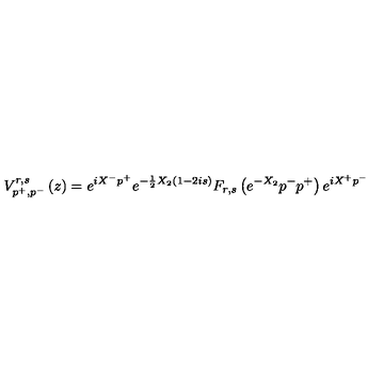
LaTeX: V _ { p ^ { + } , p ^ { - } } ^ { r , s } \left( z \right) = e ^ { i X ^ { - } p ^ { + } } e ^ { - \frac 1 2 X _ { 2 } \left( 1 - 2 i s \right) } F _ { r , s } \left( e ^ { - X _ { 2 } } p ^ { - } p ^ { + } \right) e ^ { i X ^ { + } p ^ { - } }